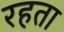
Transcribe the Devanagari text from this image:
रहता